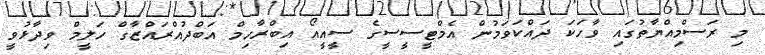
މި ރަސްމިއްޔާތުގައި ވާހަކަ ދައްކަވަމުން އެމްޓީސީސީގެ ސީއީއޯ އިބްރާހިމް އަބްދުއްރައްޒާގް ހަލީމް ވިދާޅުވީ